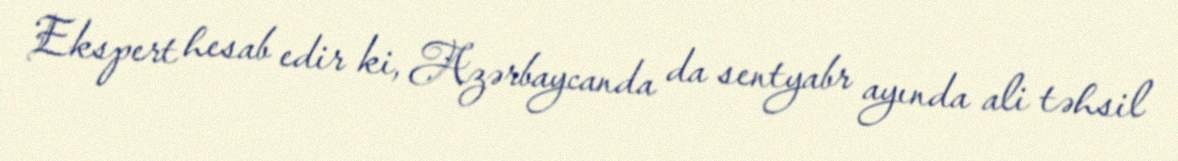
Ekspert hesab edir ki, Azərbaycanda da sentyabr ayında ali təhsil